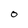
Character: O